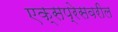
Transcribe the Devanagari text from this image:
एक्सप्रेसवरील